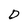
Character: D